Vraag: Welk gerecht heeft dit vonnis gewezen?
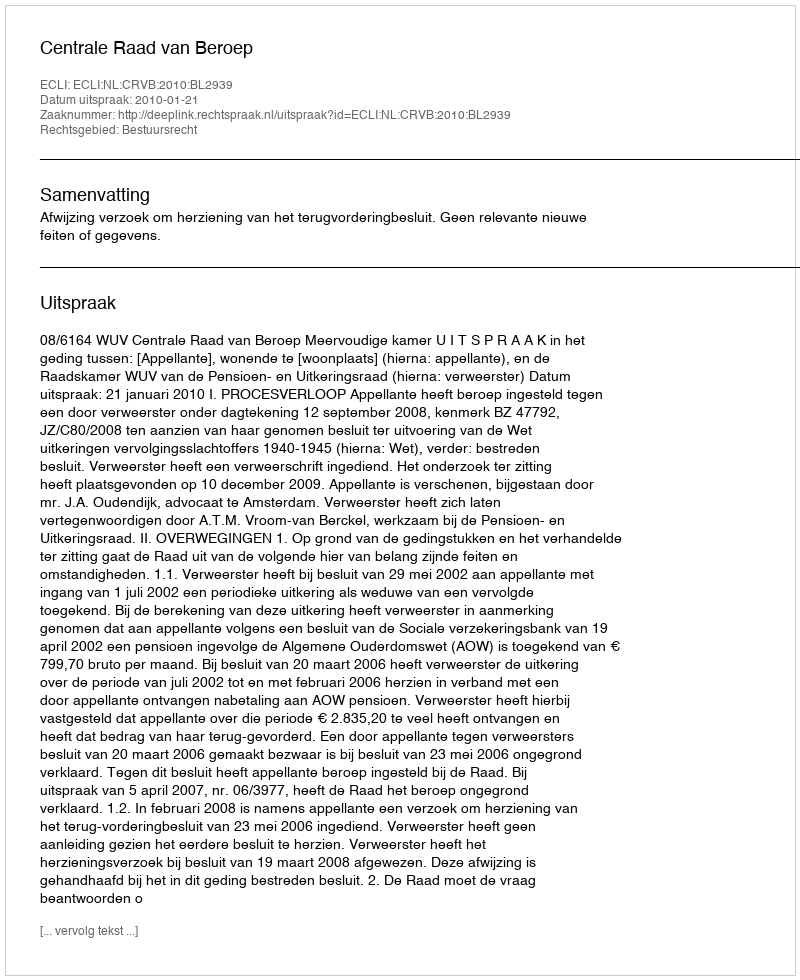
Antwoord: Centrale Raad van Beroep